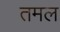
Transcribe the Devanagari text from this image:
तमल